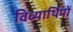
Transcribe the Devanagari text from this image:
विध्यार्थियों